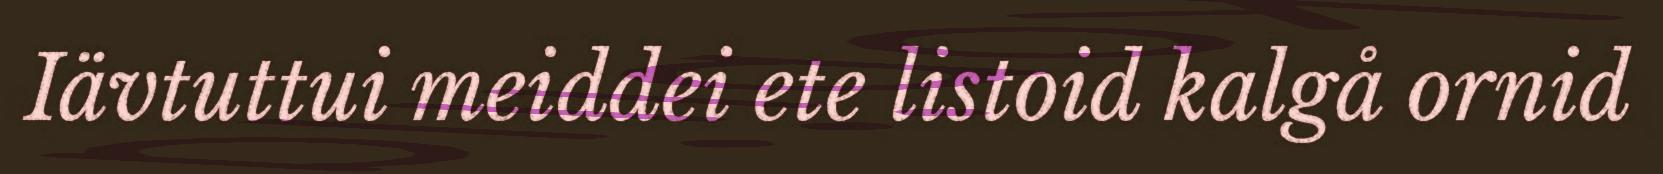
Iävtuttui meiddei ete listoid kalgå ornid